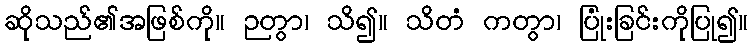
ဆိုသည်၏အဖြစ်ကို။ ဉတွာ၊ သိ၍။ သိတံ ကတွာ၊ ပြုံးခြင်းကိုပြု၍။